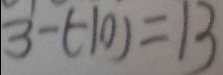
3 - ( - 1 0 ) = 1 3